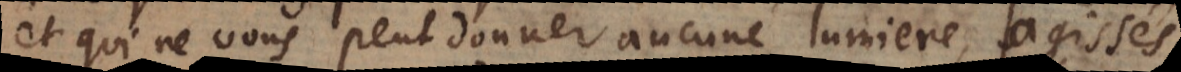
et qui ne vous peut donner aucune lumiere, agissés